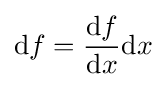
\mathrm {d} f={\frac {\mathrm {d} f}{\mathrm {d} x}}\mathrm {d} x